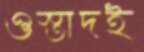
ওস্তাদই